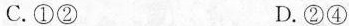
C.①② D.②④